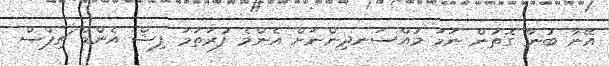
އޭނާ ބުނާ ގޮތުން ނަމަ މުއްސަނދިންނަށް އެންމެ ފުރަތަމަ ފިޝް އެންޑް ޗިޕްސް